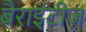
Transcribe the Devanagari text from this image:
बैराइटीज़